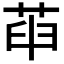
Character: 𦱸